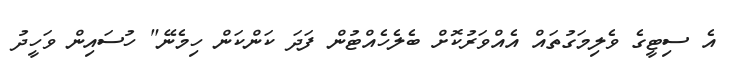
އެ ސިޓީގެ ވެލިމަގުތައް އެއްވަރުކޮށް ބެލެހެއްޓުން ފަދަ ކަންކަން ހިމެނޭ" ހުސައިން ވަހީދު